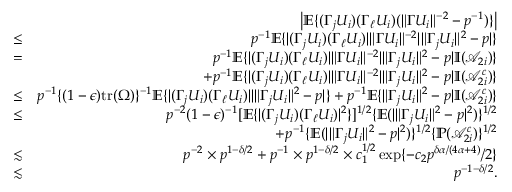
\begin{array} { r l r } & { } & { \left| { \mathbb { E } } \{ ( \Gamma _ { j } U _ { i } ) ( \Gamma _ { \ell } U _ { i } ) ( \| \Gamma U _ { i } \| ^ { - 2 } - p ^ { - 1 } ) \} \right| } \\ & { \leq } & { p ^ { - 1 } { \mathbb { E } } \{ | ( \Gamma _ { j } U _ { i } ) ( \Gamma _ { \ell } U _ { i } ) | \| \Gamma U _ { i } \| ^ { - 2 } | \| \Gamma _ { j } U _ { i } \| ^ { 2 } - p | \} } \\ & { = } & { p ^ { - 1 } { \mathbb { E } } \{ | ( \Gamma _ { j } U _ { i } ) ( \Gamma _ { \ell } U _ { i } ) | \| \Gamma U _ { i } \| ^ { - 2 } | \| \Gamma _ { j } U _ { i } \| ^ { 2 } - p | { \mathbb { I } } ( \mathcal { A } _ { 2 i } ) \} } \\ & { } & { + p ^ { - 1 } { \mathbb { E } } \{ | ( \Gamma _ { j } U _ { i } ) ( \Gamma _ { \ell } U _ { i } ) | \| \Gamma U _ { i } \| ^ { - 2 } | \| \Gamma _ { j } U _ { i } \| ^ { 2 } - p | { \mathbb { I } } ( \mathcal { A } _ { 2 i } ^ { c } ) \} } \\ & { \leq } & { p ^ { - 1 } \{ ( 1 - \epsilon ) \mathrm { t r } ( \Omega ) \} ^ { - 1 } { \mathbb { E } } \{ | ( \Gamma _ { j } U _ { i } ) ( \Gamma _ { \ell } U _ { i } ) | | \| \Gamma _ { j } U _ { i } \| ^ { 2 } - p | \} + p ^ { - 1 } { \mathbb { E } } \{ \| \Gamma _ { j } U _ { i } \| ^ { 2 } - p | { \mathbb { I } } ( \mathcal { A } _ { 2 i } ^ { c } ) \} } \\ & { \leq } & { p ^ { - 2 } ( 1 - \epsilon ) ^ { - 1 } [ { \mathbb { E } } \{ | ( \Gamma _ { j } U _ { i } ) ( \Gamma _ { \ell } U _ { i } ) | ^ { 2 } \} ] ^ { 1 / 2 } \{ { \mathbb { E } } ( | \| \Gamma _ { j } U _ { i } \| ^ { 2 } - p | ^ { 2 } ) \} ^ { 1 / 2 } } \\ & { } & { + p ^ { - 1 } \{ { \mathbb { E } } ( | \| \Gamma _ { j } U _ { i } \| ^ { 2 } - p | ^ { 2 } ) \} ^ { 1 / 2 } \{ { \mathbb { P } } ( \mathcal { A } _ { 2 i } ^ { c } ) \} ^ { 1 / 2 } } \\ & { \lesssim } & { p ^ { - 2 } \times p ^ { 1 - \delta / 2 } + p ^ { - 1 } \times p ^ { 1 - \delta / 2 } \times c _ { 1 } ^ { 1 / 2 } \exp \{ - c _ { 2 } p ^ { \delta \alpha / ( 4 \alpha + 4 ) } / 2 \} } \\ & { \lesssim } & { p ^ { - 1 - \delta / 2 } . } \end{array}